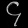
Digit: ၄